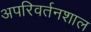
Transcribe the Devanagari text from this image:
अपरिवर्तनशाल